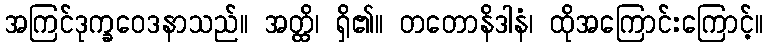
အကြင်ဒုက္ခဝေဒနာသည်။ အတ္ထိ၊ ရှိ၏။ တတောနိဒါနံ၊ ထိုအကြောင်းကြောင့်။